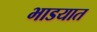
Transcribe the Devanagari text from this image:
भाडयात